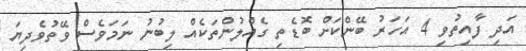
އަދި ފާއިތުވި 4 އަހަރު ބޭންކަށް ބޮޑެތި ގެއްލުންތަކެއް ލިބުނު ނަމަވެސް ވޭތުވެދިޔަ